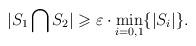
LaTeX: \begin{align*} |S_1\bigcap S_2|\geqslant \varepsilon\cdot \min\limits_{i=0,1} \{|S_i|\}.\end{align*}